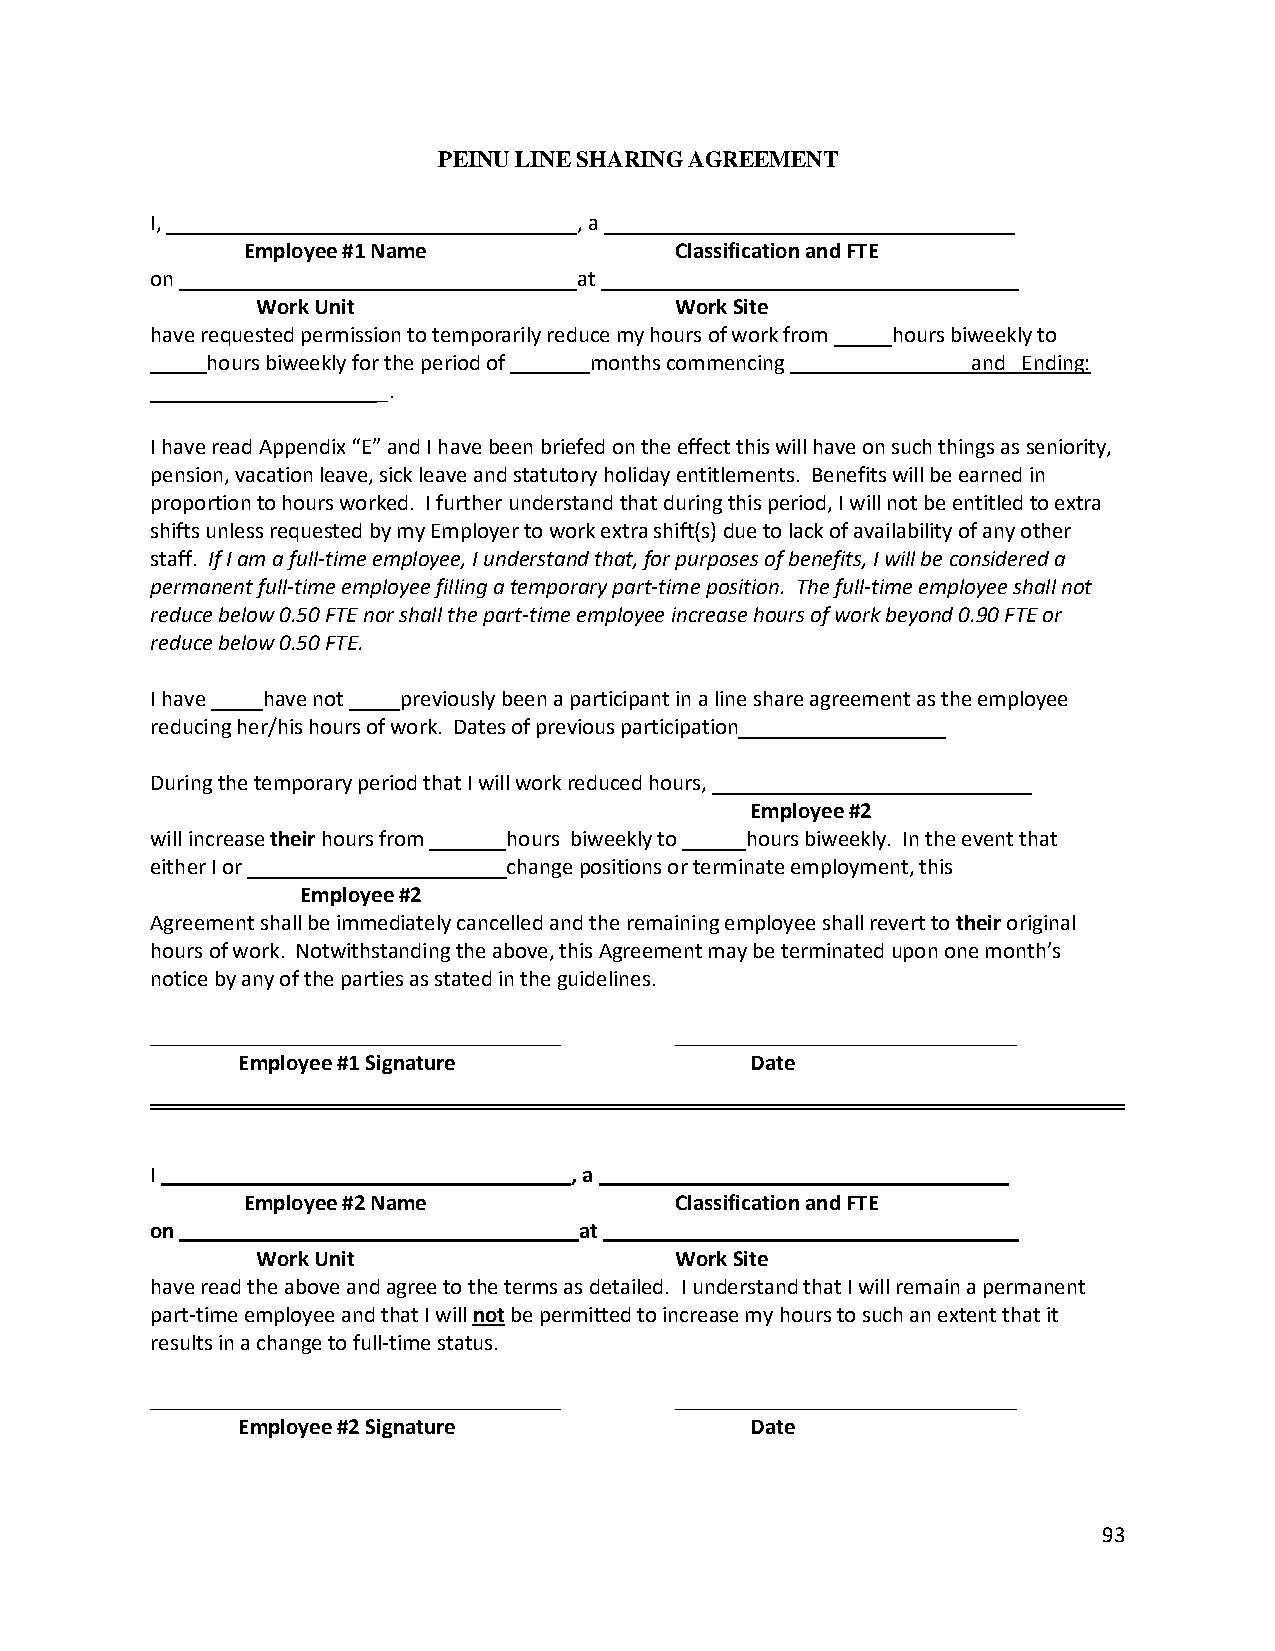
PEINU LINE SHARING AGREEMENT
 I,                          , a
 Employee #1 Name             Classification and FTE
 on                          at
 Work Unit                   Work Site
 have requested permission to temporarily reduce my hours of work from hours biweekly to
 hours biweekly for the period of months commencing and Ending:
 _.
 I have read Appendix “E” and I have been briefed on the effect this will have on such things as seniority,
 pension, vacation leave, sick leave and statutory holiday entitlements. Benefits will be earned in
 proportion to hours worked. I further understand that during this period, I will not be entitled to extra
 shifts unless requested by my Employer to work extra shift(s) due to lack of availability of any other
 staff. If I am a full-time employee, I understand that, for purposes of benefits, I will be considered a
 permanent full-time employee filling a temporary part-time position. The full-time employee shall not
 reduce below 0.50 FTE nor shall the part-time employee increase hours of work beyond 0.90 FTE or
 reduce below 0.50 FTE.
 I have have not previously been a participant in a line share agreement as the employee
 reducing her/his hours of work. Dates of previous participation
 During the temporary period that I will work reduced hours,
 Employee #2
 will increase their hours from hours biweekly to hours biweekly. In the event that
 either I or             change positions or terminate employment, this
 Employee #2
 Agreement shall be immediately cancelled and the remaining employee shall revert to their original
 hours of work. Notwithstanding the above, this Agreement may be terminated upon one month’s
 notice by any of the parties as stated in the guidelines.
 Employee #1 Signature             Date
 I                           , a
 Employee #2 Name             Classification and FTE
 on                          at
 Work Unit                   Work Site
 have read the above and agree to the terms as detailed. I understand that I will remain a permanent
 part-time employee and that I will not be permitted to increase my hours to such an extent that it
 results in a change to full-time status.
 Employee #2 Signature             Date
 93